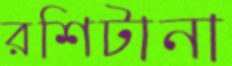
রশিটানা